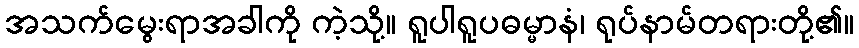
အသက်မွေးရာအခါကို ကဲ့သို့။ ရူပါရူပဓမ္မာနံ၊ ရုပ်နာမ်တရားတို့၏။